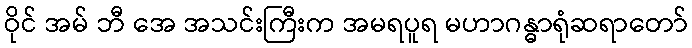
ဝိုင် အမ် ဘီ အေ အသင်းကြီးက အမရပူရ မဟာဂန္ဓာရုံဆရာတော်